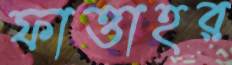
ফাত্তাহর